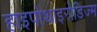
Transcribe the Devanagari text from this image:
हाइपोथाइरोडिज्म